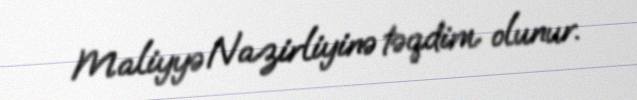
Maliyyə Nazirliyinə təqdim olunur.